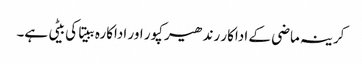
کرینہ ماضی کے اداکار رندھیر کپور اور اداکارہ ببیتا کی بیٹی ہے۔